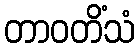
တာဝတိံသံ